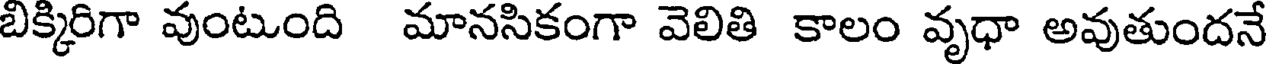
బిక్కిరిగా వుంటుంది మానసికంగా వెలితి కాలం వృధా అవుతుందనే